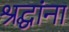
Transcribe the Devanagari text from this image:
श्रद्घांना